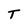
Character: T